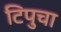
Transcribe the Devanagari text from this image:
टिपुचा